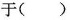
于( )